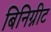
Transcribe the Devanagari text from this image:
बिनिग्नीट